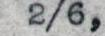
2/6,